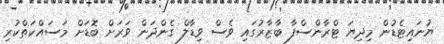
ޔުނައިޓެޑުން މިދިޔަ ޓްރާންސްފާ ބާޒާރުގައި ވެސް ވިޑާލް ގެންދަން ވަރަށް ބޮޑަށް މަސައްކަތްކުރި